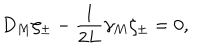
{ D _ { M } \zeta _ { \pm } - { \frac { 1 } { 2 L } } \gamma _ { M } \zeta _ { \pm } = 0 , }